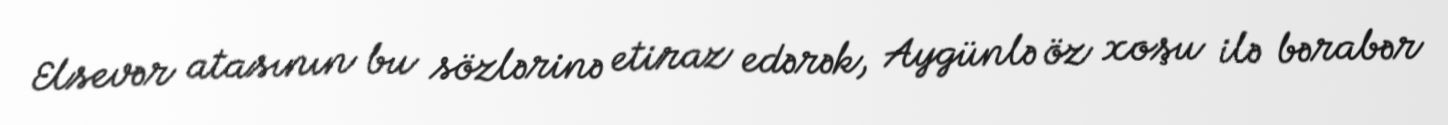
Elsevər atasının bu sözlərinə etiraz edərək, Aygünlə öz xoşu ilə bərabər